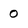
Character: 0